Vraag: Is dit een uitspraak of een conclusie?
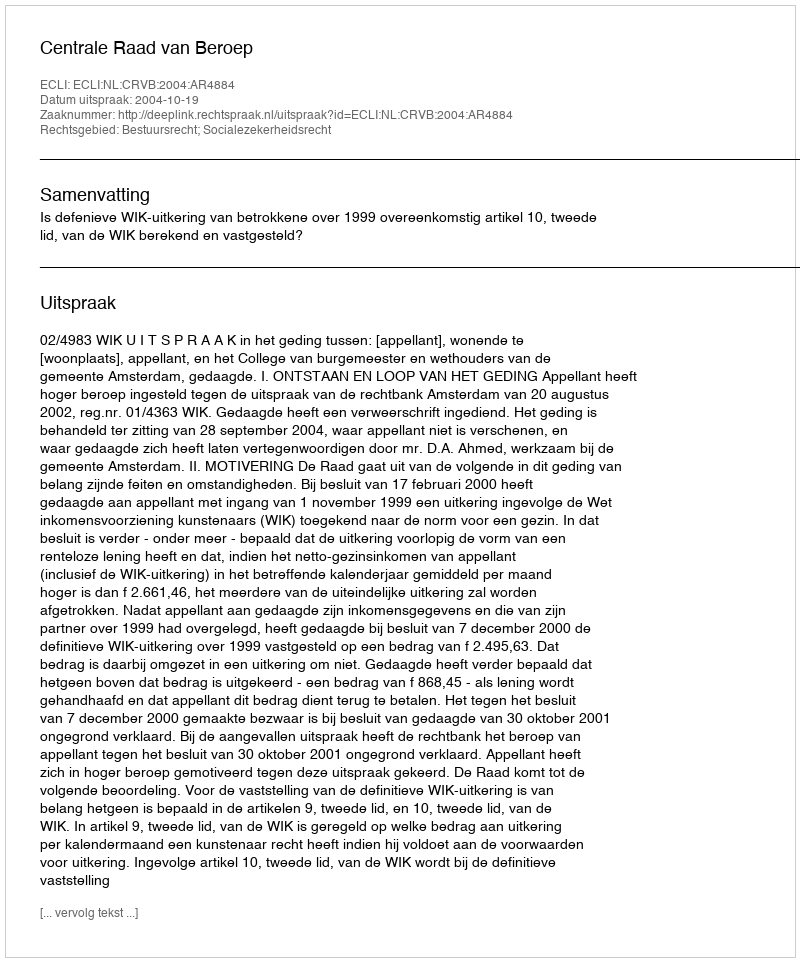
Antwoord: Uitspraak